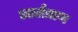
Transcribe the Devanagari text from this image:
आर्तत्राण